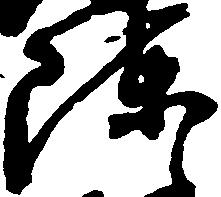
陣